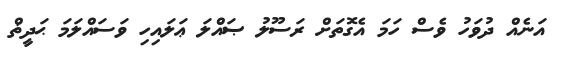
އަނެއް ދުވަހު ވެސް ހަމަ އެގޮތަށް ރަސޫލު ޞައްލަ ޢަލައިހި ވަސައްލަމަ ޙަދީޡް